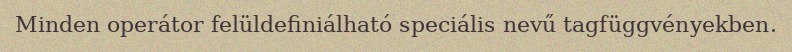
Minden operátor felüldefiniálható speciális nevű tagfüggvényekben.